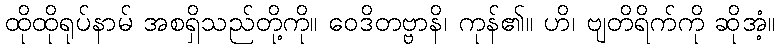
ထိုထိုရုပ်နာမ် အစရှိသည်တို့ကို။ ဝေဒိတဗ္ဗာနိ၊ ကုန်၏။ ဟိ၊ ဗျတိရိက်ကို ဆိုအံ့။